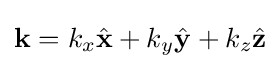
\mathbf {k} =k_{x}{\hat {\mathbf {x} }}+k_{y}{\hat {\mathbf {y} }}+k_{z}{\hat {\mathbf {z} }}